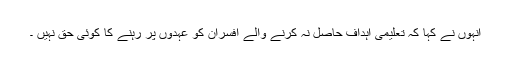
انہوں نے کہا کہ تعلیمی اہداف حاصل نہ کرنے والے افسران کو عہدوں پر رہنے کا کوئی حق نہیں ۔